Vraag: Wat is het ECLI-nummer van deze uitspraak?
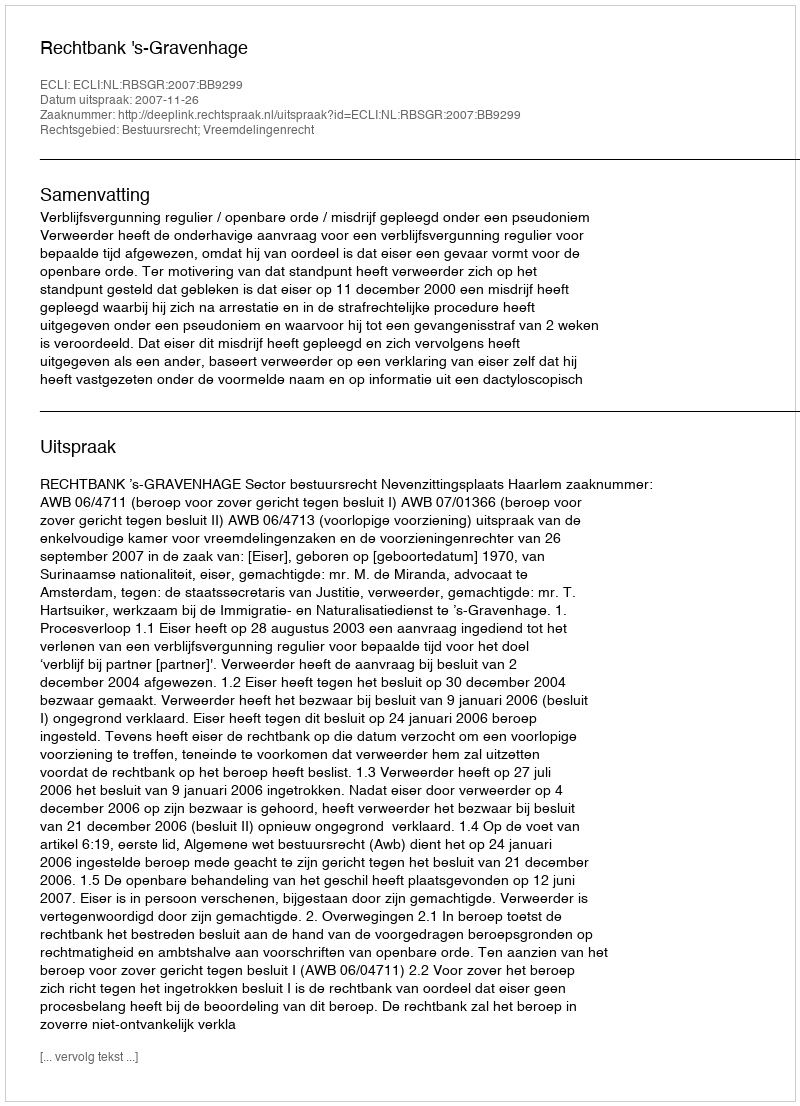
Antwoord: ECLI:NL:RBSGR:2007:BB9299